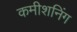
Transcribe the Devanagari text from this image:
कमीशनिंग